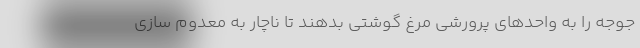
جوجه را به واحد‌های پرورشی مرغ گوشتی بدهند تا ناچار به معدوم سازی